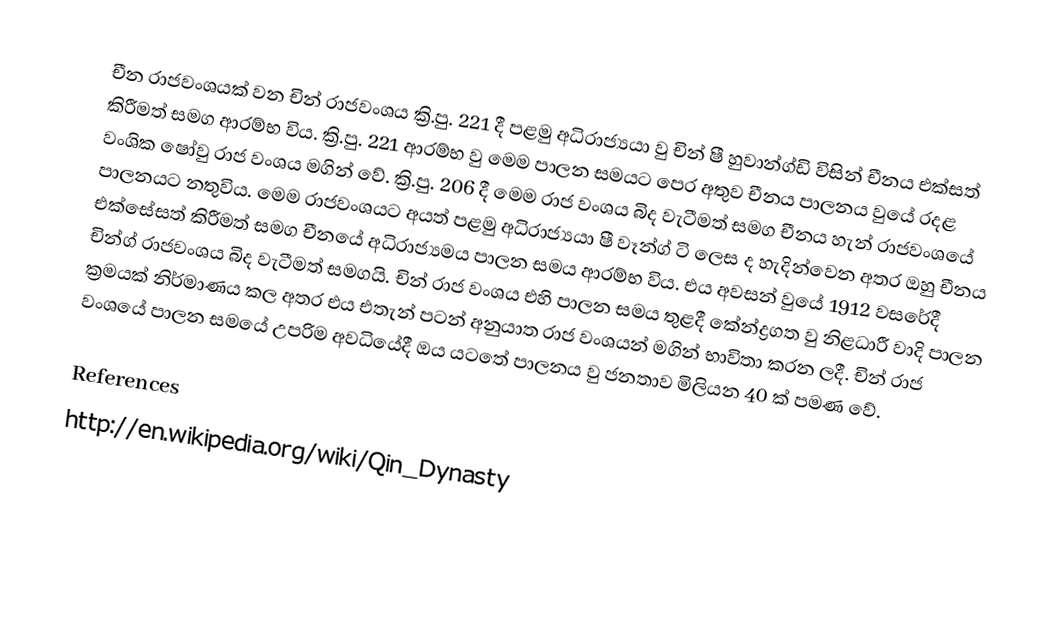
චීන රාජවංශයක් වන චින් රාජවංශය ක්‍රි.පු. 221 දී පළමු අධිරාජ්‍යයා වු චින් ෂී හුවාන්ග්ඩි විසින් චීනය එක්සත් කිරීමත් සමග ආරම්භ විය. ක්‍රි.පු. 221 ආරම්භ වු මෙම පාලන සමයට පෙර අතුව චීනය පාලනය වුයේ රදළ වංශික ෂෝවු රාජ වංශය මගින් වේ. ක්‍රි.පු. 206 දී මෙම රාජ වංශය බිද වැටීමත් සමග චීනය හැන් රාජවංශයේ පාලනයට නතුවිය. මෙම රාජවංශයට අයත් පළමු අධිරාජ්‍යයා ෂී වෑන්ග් ටි ලෙස ද හැදින්වෙන අතර ඔහු චීනය එක්සේසත් කිරීමත් සමග චීනයේ අධිරාජ්‍යමය පාලන සමය ආරම්භ විය. එය අවසන් වුයේ 1912 වසරේදී චින්ග් රාජවංශය බිද වැටීමත් සමගයි. චින් රාජ වංශය එහි පාලන සමය තුළදී කේන්ද්‍රගත වු නිළධාරී වාදි පාලන ක්‍රමයක් නිර්මාණය කල අතර එය එතැන් පටන් අනුයාත රාජ වංශයන් මගින් භාවිතා කරන ලදී. චින් රාජ වංශයේ පාලන සමයේ උපරිම අවධියේදී ඔය යටතේ පාලනය වු ජනතාව මිලියන 40 ක් පමණ වේ.

References
http://en.wikipedia.org/wiki/Qin_Dynasty